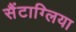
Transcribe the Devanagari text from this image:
सैंटाग्लिया